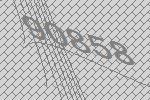
90858